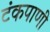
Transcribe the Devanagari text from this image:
टंकपाणी